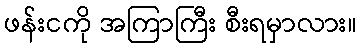
ဖန်းငကို အကြာကြီး စီးရမှာလား။